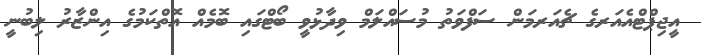
އީޖިޕްޓްއެއަރގެ ޗެއަރމަން ސަފްވަތު މުސައްލަމް ވިދާޅުވީ ބޯޓްގައި ބޮމެއް އޮތްކަމުގެ އިންޒާރު ލިބުނީ